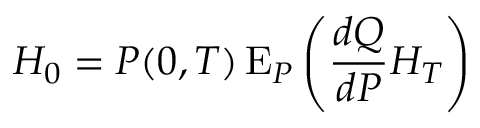
H _ { 0 } = P ( 0 , T ) \operatorname { E } _ { P } \left( { \frac { d Q } { d P } } H _ { T } \right)